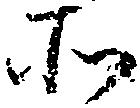
所